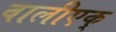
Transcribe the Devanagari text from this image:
वालीएक्